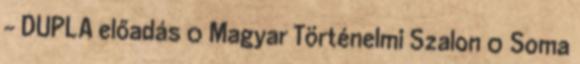
– DUPLA előadás 0 Magyar Történelmi Szalon 0 Soma